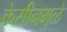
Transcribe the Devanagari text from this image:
केसीनमुळे